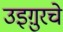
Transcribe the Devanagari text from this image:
उइग़ुरचे